Insane asylums Bombay 1873-77 - 1873-1877
Year: 1873
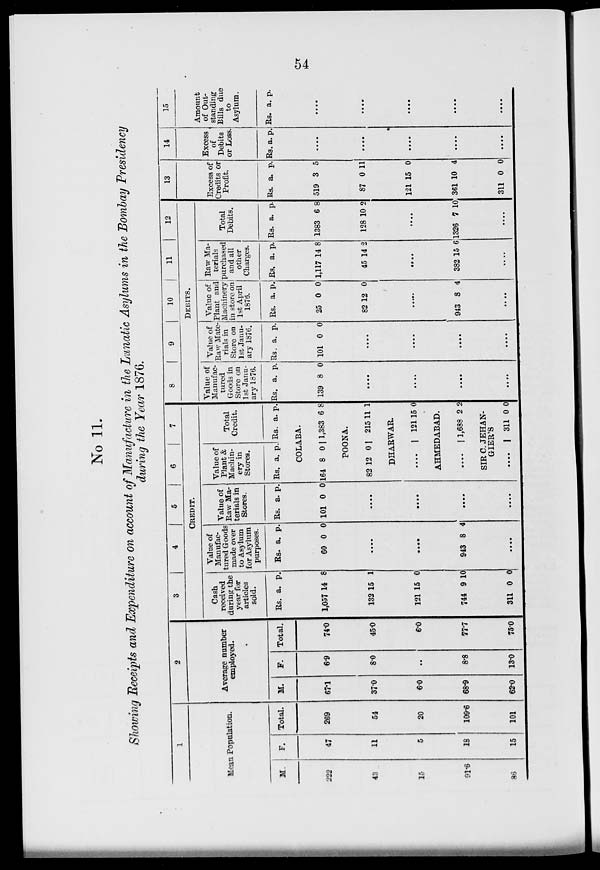
54
No 11.
Showing Receipts and Expenditure on account of Manufacture in the Lunatic Asylums in the Bombay Presidency
during the Year 1876.
1
Mean Population.
M.
222
43
15
91.6
86
F.
47
11
5
18
15
Total.
269
54
20
109.6
101
2
Average number
employed.
M.
67.1
37.0
6.0
68.9
62.0
F.
6.9
8.0
..
8.8
13.0
Total.
74.0
45.0
6.0
77.7
75.0
3
4
5
6
7
CREDIT.
Cash
received
during the
year for
articles
sold.
Rs. a. p.
1,057 14 8
132 15 1
121 15 0
744 9 10
311 0 0
Value of
Manufac-
tured Goods
made over
to Asylum
for Asylum
purposes.
Rs. a.
p.
60 0 0
....
....
943 8 4
....
Value of
Raw Ma-
terials in
Stores.
Rs. a.
p.
101 0 0
....
....
....
....
Value of
Plant &
Machin-
ery in
Stores.
Rs. a.
p.
Total
Credit.
Rs. a.
p.
COLABA.
164 8 0 1,383 6 8
POONA.
82 12 0
215
11
1
DHARWAR.
....
121 15 0
AHMEDABAD.
....
1,686 2 2
SIR C. JEHAN-
GIER'S
....
311 0 0
8
9
10 11
12
DEBITS.
Value of
Manufac-
tured
Goods in
Store on
1 st Janu-
ary 1876.
Rs. a.
p.
139 8 0
....
....
....
....
Value of
Raw Mate-
rials in
Store on
1st Janu-
ary 1876.
Rs. a.
p.
101 0 0
....
....
....
....
Value of
Plant and
Machinery
in store on
1st April
1876.
Rs. a.
p.
25 0 0
82 12 0
....
943 8 4
....
Raw Ma-
terials
purchased
and all
other
Charges.
Rs. a.
p.
1,117 14 8
45 14 2
....
382 15 6
....
Total
Debits.
Rs. a.
p.
1383 6
8
128 10 2
....
1326 7 10
....
13
Excess of
Credits or
Profit.
Rs. a.
p.
519 3 5
87 0 11
121 15 0
361 10 4
311 0 0
14
Excess
of
Debits
or Loss
Rs. a. p.
....
....
....
....
....
15
Amount
of Out-
standing
Bills due
to
Asylum.
Rs. a. p.
....
....
....
....
....